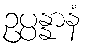
ဥပ္ပန္နာနံ